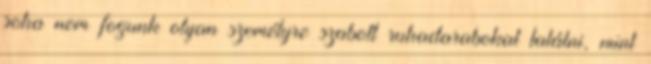
soha nem fogunk olyan személyre szabott ruhadarabokat találni, mint